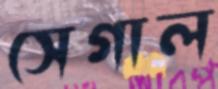
সেগাল